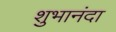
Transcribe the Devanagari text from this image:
शुभानंदा